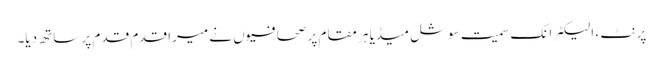
پرنٹ ، الیکٹرانک سمیت سوشل میڈیا ہر مقام پر صحافیوں نے میرا قدم قدم پر ساتھ دیا۔